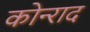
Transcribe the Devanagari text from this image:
कोन्‍राद